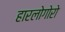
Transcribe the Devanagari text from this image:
हारलोगोरो